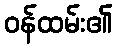
ဝန်ထမ်း၏